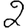
Digit: 2